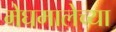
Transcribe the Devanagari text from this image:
मेघमालेच्या